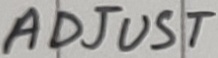
Text: ADJUST